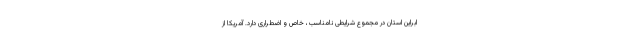
ابراین استان در مجموع شرایطی نامناسب، خاص و اضطراری دارد. آمریکا از